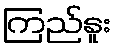
ကြည်နူး